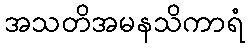
အသတိအမနသိကာရံ